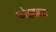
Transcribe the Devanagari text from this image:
कोहकाळ